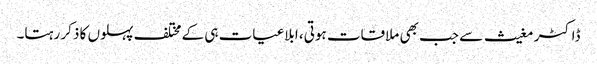
ڈاکٹر مغیث سے جب بھی ملاقات ہوتی، ابلاغیات ہی کے مختلف پہلوں کا ذکر رہتا۔